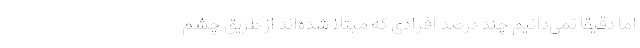
اما دقیقاً نمی‌دانیم چند درصد افرادی که مبتلا شده‌اند از طریق چشم